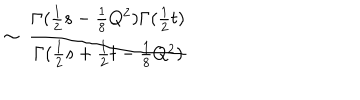
LaTeX: \sim ~ \frac { \Gamma ( \frac { 1 } { 2 } s - \frac { 1 } { 8 } Q ^ { 2 } ) \Gamma ( \frac { 1 } { 2 } t ) } { \Gamma ( \frac { 1 } { 2 } s + \frac { 1 } { 2 } t - \frac { 1 } { 8 } Q ^ { 2 } ) }